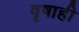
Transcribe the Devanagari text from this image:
वृषाही